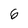
Character: 6